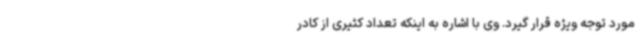
مورد توجه ویژه قرار گیرد. وی با اشاره به اینکه تعداد کثیری از کادر